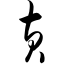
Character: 黄